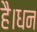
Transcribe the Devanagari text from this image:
है।धन